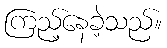
ကြည့်နေခဲ့သည်။